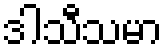
ဒါသီသမာ